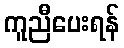
ကူညီပေးရန်